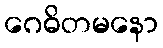
ဂေဓိတမနော